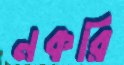
নকরি